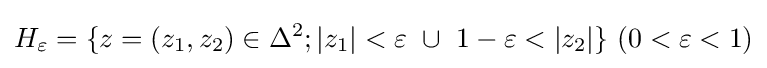
H_{\varepsilon }=\{z=(z_{1},z_{2})\in \Delta ^{2};|z_{1}|<\varepsilon \ \cup \ 1-\varepsilon <|z_{2}|\}\ (0<\varepsilon <1)